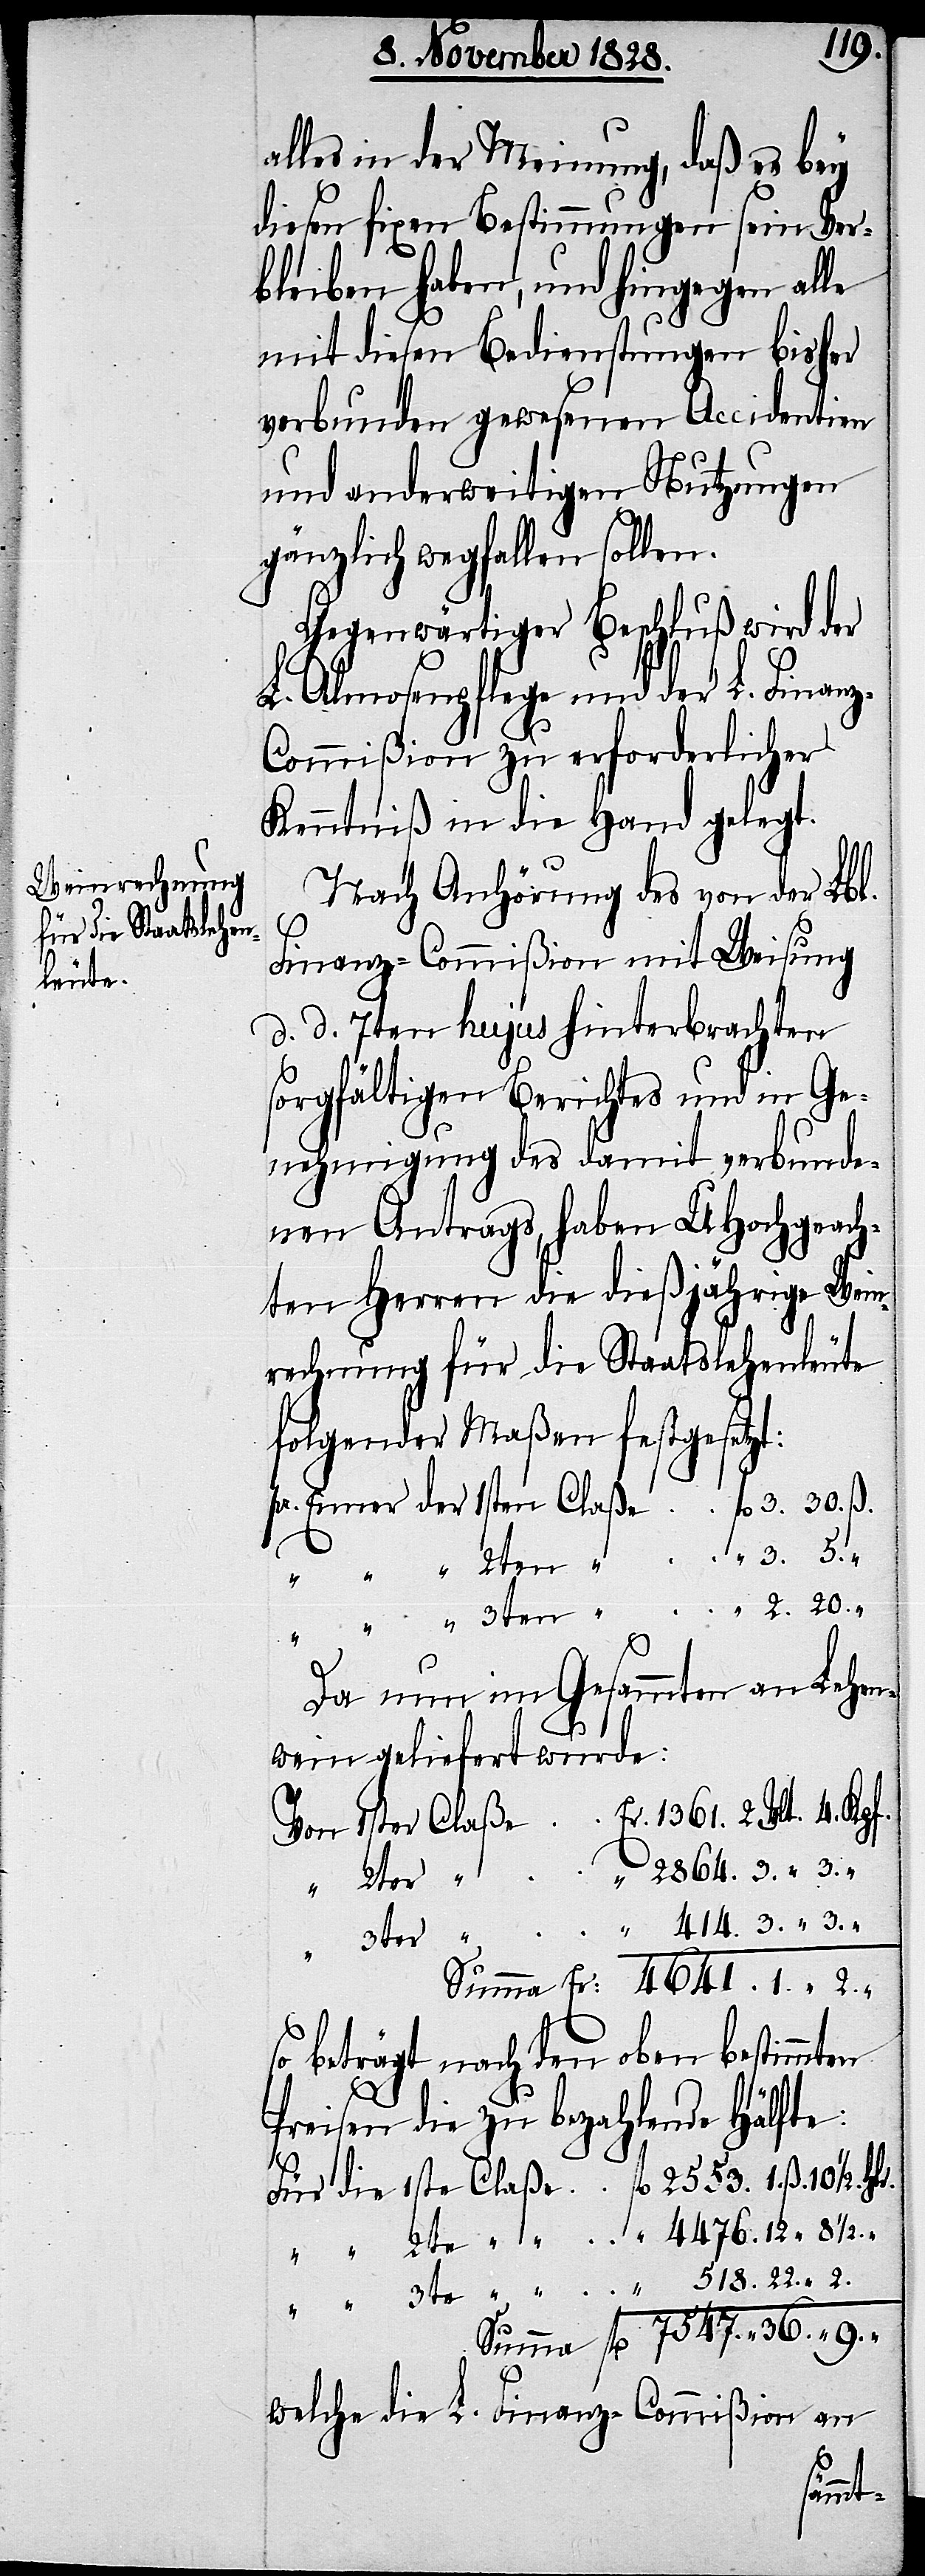
1/2.
alles in der Meinung, daß es bey
diesen fixen Bestimmungen sein Ver¬
bleiben haben, und hingegen alle
mit diesen Bedienstungen bisher
verbunden gewesenen Accidentien
und anderweitigen Nutzungen
gänzlich wegfallen sollen.
Gegenwärtiger Beschluß wird der
L. Almosenpflege und der L. Finan¬
z-Commißion zu erforderlicher
Kenntniß in die Hand gelegt.
Nach Anhörung des von der Lbl.
Finanz-Commißion mit Weisung
d. d. 7ten hujus hinterbrachten
sorgfältigen Berichtes und in Ge¬
nehmigung des damit verbunde¬
nen Antrags, haben UHochgeach¬
ten Herren die dießjährige Wein¬
rechnung für die Staatslehenleute
folgender Maßen festgesetzt:
9.
Da nun im Gesammten an Lehen¬
wein geliefert wurde:
So beträgt nach den oben bestimmten
Preisen die zu bezahlende Hälfte:
welche die L. Finanz-Commißion an